Annual report on the working of the lock hospitals in the North-Western Provinces and Oudh
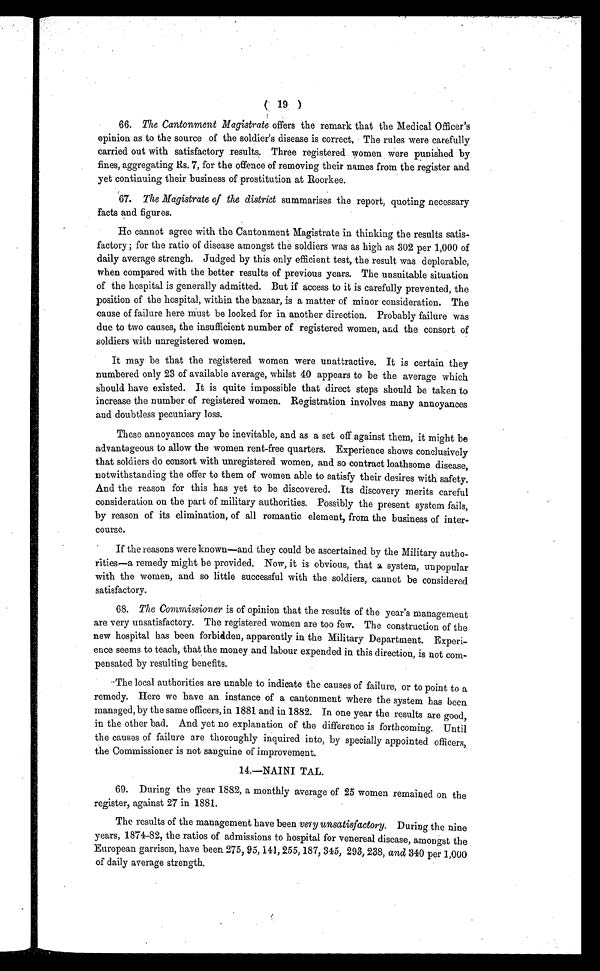
( 19 )
66. The Cantonment Magistrate offers the remark that the Medical Officer's
opinion as to the source of the soldier's disease is correct, The rules were carefully
carried out with satisfactory results. Three registered women were punished by
fines, aggregating Rs. 7, for the offence of removing their names from the register and
yet continuing their business of prostitution at Roorkee.
67. The Magistrate of the district summarises the report, quoting necessary
facts and figures.
He cannot agree with the Cantonment Magistrate in thinking the results satis
factory ; for the ratio of disease amongst the soldiers was as high as 302 per 1,000 of
daily average strengh. Judged by this only efficient test, the result was deplorable,
when compared with the better results of previous years. The unsuitable situation
of the hospital is generally admitted. But if access to it is carefully prevented, the
position of the hospital, within the bazaar, is a matter of minor consideration. The
cause of failure here Must be looked for in another direction. Probably failure was
due to two causes, the insufficient number of registered women, and the consort of
soldiers with unregistered women.
It may be that the registered women were unattractive. It is certain they
numbered only 23 of available average, whilst 40 appears to be the average which
should have existed. It is quite impossible that direct steps should be taken to
increase the number of registered women. Registration involves many annoyances
and doubtless pecuniary loss.
These annoyances may be inevitable, and as a set off against them, it might be
advantageous to allow the women rent-free quarters. Experience shows conclusively
that soldiers do consort with unregistered women, and so contract loathsome disease,
notwithstanding the offer to them of women able to satisfy their desires with safety.
And the reason for this has yet to be discovered. Its discovery merits careful
consideration on the part of military authorities. Possibly the present system fails,
by reason of its elimination, of all romantic element, from the business of inter
course.
If the reasons were known—and they could be ascertained by the Military autho
rities—a remedy might be provided. Now, it is obvious, that a system, unpopular
with the women, and so little successful with the soldiers, cannot be considered
satisfactory.
68. The Commissioner is of opinion that the results of the year's management
are very unsatisfactory. The registered women are too few. The construction of the
new hospital has been forbidden, apparently in the Military Department. Experi
ence seems to teach, that, the money and labour expended in this direction, is not co
m p e n s a t e d b y r e s u l t i n g b e n e f i t s .
The local authorities are unable to indicate the causes of failure, or to point to a
remedy. Here we have an instance of a cantonment where the system has been
managed, by the same officers, in 1881 and in 1882. In one year the results are good,
in the other bad. And yet no explanation of the difference is forthcoming. Until
the causes of failure are thoroughly inquired into, by specially appointed officers,
the Commissioner is not sanguine of improvement.
14.—NAINI TAL.
69. During the year 1882, a monthly average of 25 women remained on the
register, against 27 in 1881.
The results of the management have been very unsatisfactory. During the nine
years, 1874-82, the ratios of admissions to hospital for venereal disease, amongst the
European garrison, have been 275, 95,141, 255, 187, 345, 293, 238, and 340 per 1,000
of daily average strength.